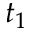
t _ { 1 }